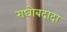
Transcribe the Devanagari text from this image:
राघोबदादा